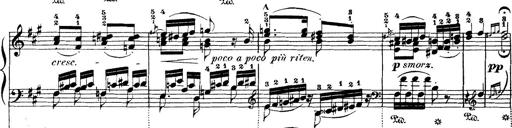
Title: Wagner-Liszt Album
Composer: Franz Liszt